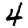
Digit: 4